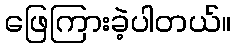
ဖြေကြားခဲ့ပါတယ်။